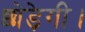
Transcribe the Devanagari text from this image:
छोड़ेगी।